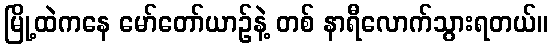
မြို့ထဲကနေ မော်တော်ယာဉ်နဲ့ တစ် နာရီလောက်သွားရတယ်။